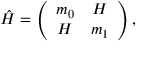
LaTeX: \hat { H } = \left( \begin{array} { c c } { { m _ { 0 } } } & { { H } } \\ { { H } } & { { m _ { 1 } } } \end{array} \right) ,